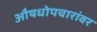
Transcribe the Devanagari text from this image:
औषधोपचारांवर